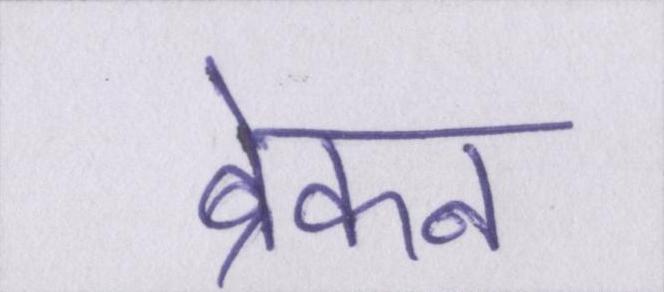
ब्रेकन